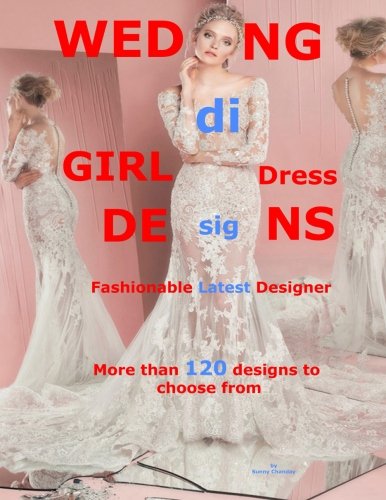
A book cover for Wedding Girl Dress Designs: Fashionable Latest Designer; Sunny Chanday; Crafts, Hobbies & Home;